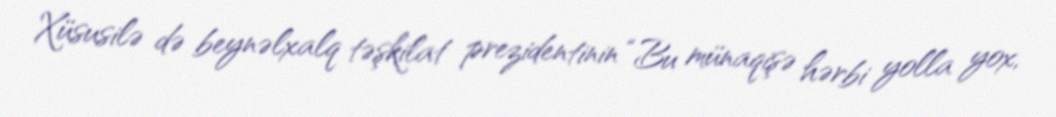
Xüsusilə də beynəlxalq təşkilat prezidentinin “Bu münaqişə hərbi yolla yox,